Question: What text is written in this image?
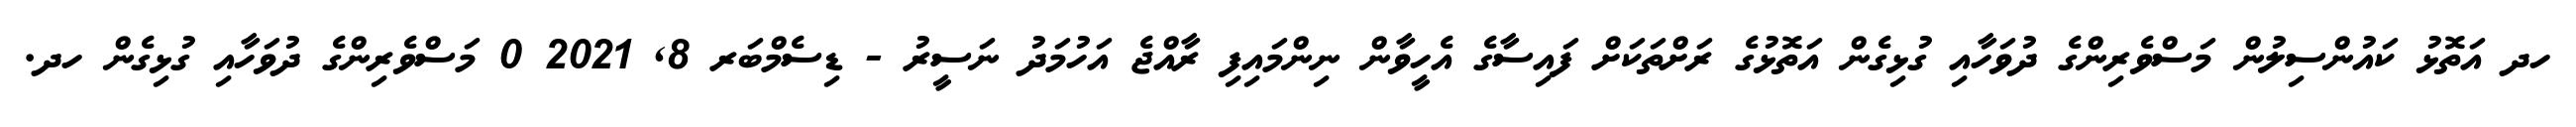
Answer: ހދ އަތޮޅު ކައުންސިލުން މަސްވެރިންގެ ދުވަހާއި ގުޅިގެން އަތޮޅުގެ ރަށްތަކަށް ފައިސާގެ އެހީވާން ނިންމައިފި ރާއްޖެ އަހުމަދު ނަސީރު - ޑިސެމްބަރ 8, 2021 0 މަސްވެރިންގެ ދުވަހާއި ގުޅިގެން ހދ.